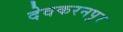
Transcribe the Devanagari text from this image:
देवकरनपुर